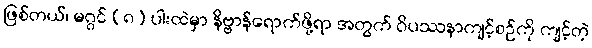
ဖြစ်တယ်၊ မဂ္ဂင် (၈) ပါးထဲမှာ နိဗ္ဗာန်ရောက်ဖို့ရာ အတွက် ဝိပဿနာကျင့်စဉ်ကို ကျင့်တဲ့